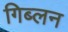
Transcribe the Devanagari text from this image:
गिब्लन